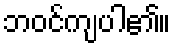
ဘဝင်ကျပါ၏။